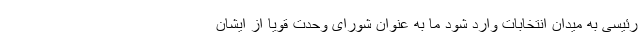
رئیسی به میدان انتخابات وارد شود ما به عنوان شورای وحدت قویا از ایشان